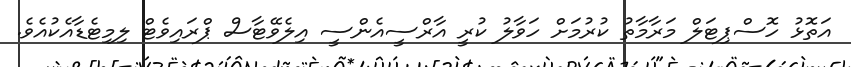
އަތޮޅު ހޮސްޕިޓަލް މަރާމާތު ކުރުމަށް ހަވާލު ކުރީ އާރްސީއެންސީ އިލެވޭޓާސް ޕްރައިވެޓް ލިމިޓެޑާއެކުއެވެ.